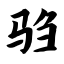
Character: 驺